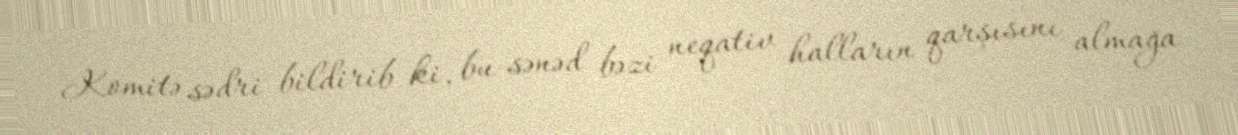
Komitə sədri bildirib ki, bu sənəd bəzi neqativ halların qarşısını almağa